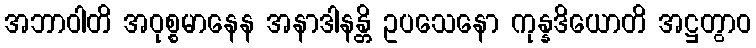
အဘာဝါတိ အဝုစ္စမာနေန အနာဒါနန္တိ ဥပသေနော ကုန္နဒိယောတိ အဋ္ဌတွာဝ